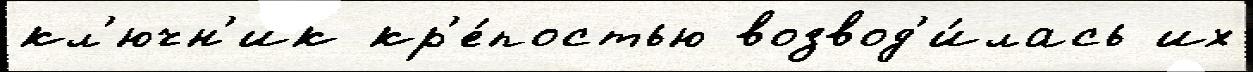
кл'ючн'ик кр'е́постью возвод'и́лась их